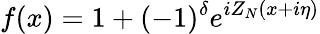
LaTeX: f(x)=1+(-1)^{\delta}e^{iZ_{N}(x+i\eta)}